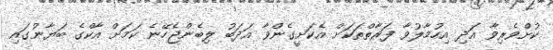
ކުށްވެރިވާ އަދި އިހުމާލުވާ ފަރާތްތަކަށް އެކަށީގެންވާ އަދަބު ލިބެންޖެހޭނެ ކަމަށް އާކްގެ ބަޔާނުގައި